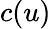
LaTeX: c(u)